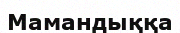
Мамандыққа